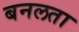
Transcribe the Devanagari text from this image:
बनलता